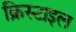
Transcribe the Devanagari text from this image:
क्रिस्टाइल